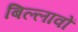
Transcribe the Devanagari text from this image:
बिल्लावों